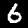
Digit: 6